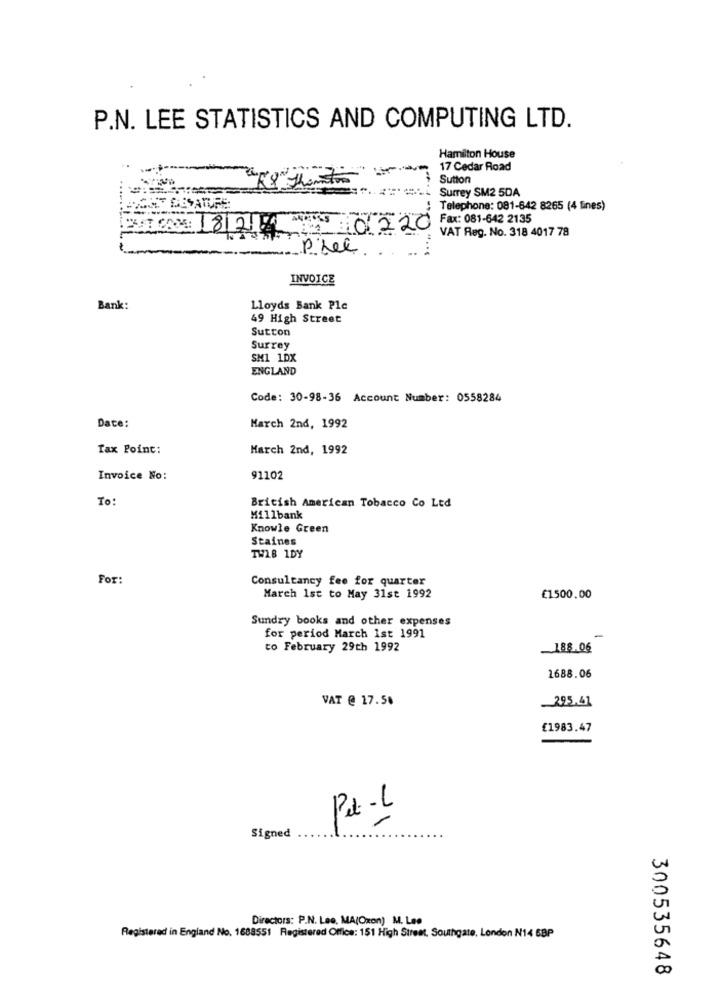
P.N. LEE STATISTICS AND COMPUTING LTD.
Hamilton House
17 Cedar Road
Sutton
- Surrey SM2 5DA
MESATURE:
Telephone: 081-642 8265 (4 lines)
Fax: 081-642 2135
VAT Reg. No. 318 4017 78
INVOICE
Bank:
Lloyds Bank Plc
49 High Street
Sutton
Surrey
SM1 1DX
ENGLAND
Code: 30-98-36 Account Number: 0558284
Date:
March 2nd, 1992
Tax Point:
March 2nd, 1992
Invoice No:
91102
To:
British American Tobacco Co Ltd
Millbank
Knowle Green
Staines
TWLB 1DY
For:
Consultancy fee for quarter
March 1st to May 31st 1992
€1500.00
Sundry books and other expenses
for period March 1st 1991
-
to February 29th 1992
-188.06
1688.06
VAT @ 17.5%
295.41
£1983.47
Pet-L
Signed
Directors: P.N. Lee, MA(Oxon) M. Lee
Registered in England No. 1688551 Registered Office: 151 High Street, Southgate, London N14 6BP
300535648